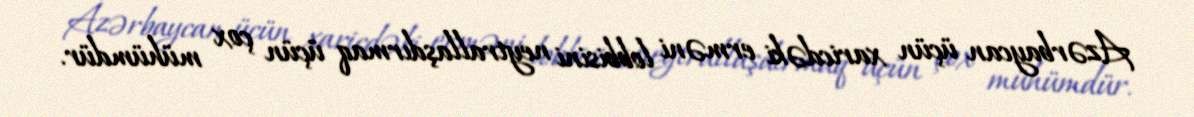
Azərbaycan üçün xaricdəki erməni lobbisini neytrallaşdırmaq üçün çox mühümdür.